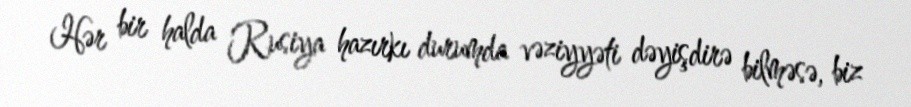
Hər bir halda Rusiya hazırkı durumda vəziyyəti dəyişdirə bilməsə, biz